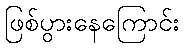
ဖြစ်ပွားနေကြောင်း